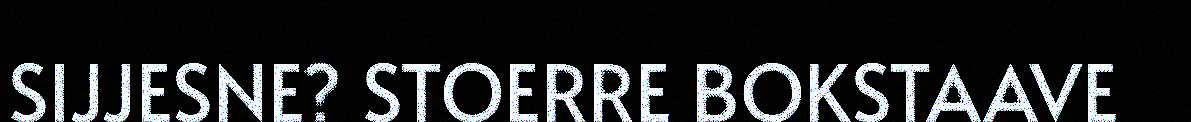
SIJJESNE? STOERRE BOKSTAAVE